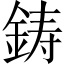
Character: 鋳